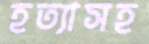
হত্যাসহ